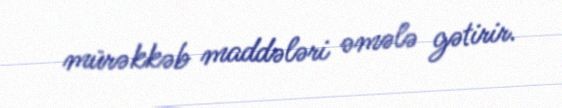
mürəkkəb maddələri əmələ gətirir.